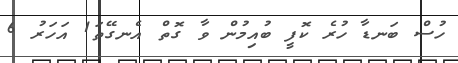
ހުސް ބަނޑާ ހުރެ ކޮފީ ބުއިމުން ވާ ގޮތް އެނގޭތަ1 އަހަރު 6